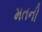
મતની